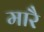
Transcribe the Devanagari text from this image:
मारै